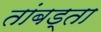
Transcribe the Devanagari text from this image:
तांबड्ता